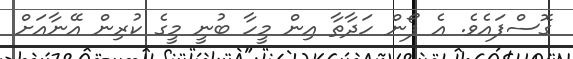
ގޮސްފައެވެ. އެ ފޯން ހަދާތާ އިން މީހާ ބުނީ މީގެ ކުރިން އޭނާއަށް